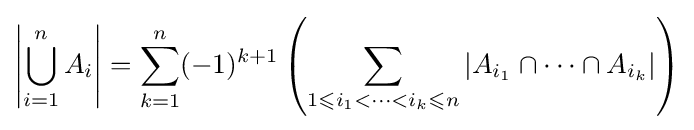
\left|\bigcup _{i=1}^{n}A_{i}\right|=\sum _{k=1}^{n}(-1)^{k+1}\left(\sum _{1\leqslant i_{1}<\cdots <i_{k}\leqslant n}|A_{i_{1}}\cap \cdots \cap A_{i_{k}}|\right)